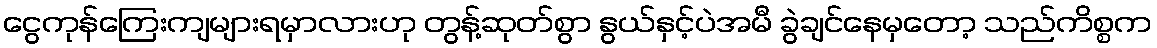
ငွေကုန်ကြေးကျများရမှာလားဟု တွန့်ဆုတ်စွာ နွယ်နှင့်ပဲအမီ ခွဲချင်နေမှတော့ သည်ကိစ္စက